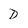
Character: D